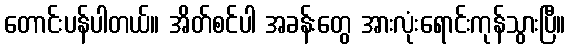
တောင်းပန်ပါတယ်။ အိတ်စင်ပါ အခန်းတွေ အားလုံးရောင်းကုန်သွားပြီ။